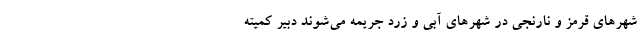
شهرهای قرمز و نارنجی در شهرهای آبی و زرد جریمه می‌شوند دبیر کمیته